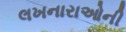
લખનારાઓની